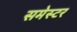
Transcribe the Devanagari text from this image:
समेस्टर